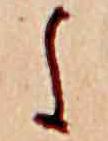
よ